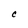
Character: C